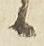
候